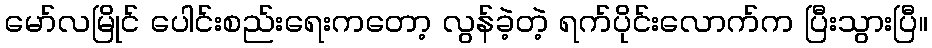
မော်လမြိုင် ပေါင်းစည်းရေးကတော့ လွန်ခဲ့တဲ့ ရက်ပိုင်းလောက်က ပြီးသွားပြီ။